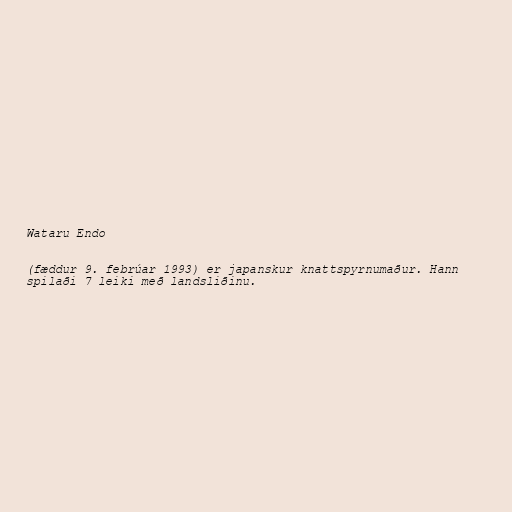
Wataru Endo

(fæddur 9. febrúar 1993) er japanskur knattspyrnumaður. Hann
spilaði 7 leiki með landsliðinu.